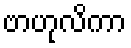
ဗာဟုလိကာ